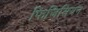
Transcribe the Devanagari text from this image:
फिजिसियन